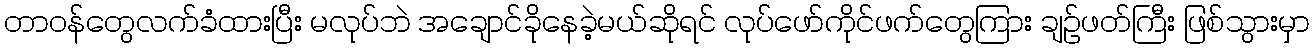
တာဝန်တွေလက်ခံထားပြီး မလုပ်ဘဲ အချောင်ခိုနေခဲ့မယ်ဆိုရင် လုပ်ဖော်ကိုင်ဖက်တွေကြား ချဉ်ဖတ်ကြီး ဖြစ်သွားမှာ